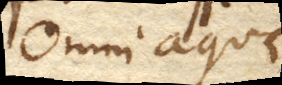
Omni aquae